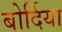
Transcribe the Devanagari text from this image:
बोर्दिया